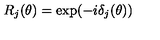
R _ { j } ( \theta ) = \exp ( - i \delta _ { j } ( \theta ) )